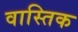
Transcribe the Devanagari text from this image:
वास्तिक